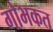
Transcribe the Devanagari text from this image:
गोभकत